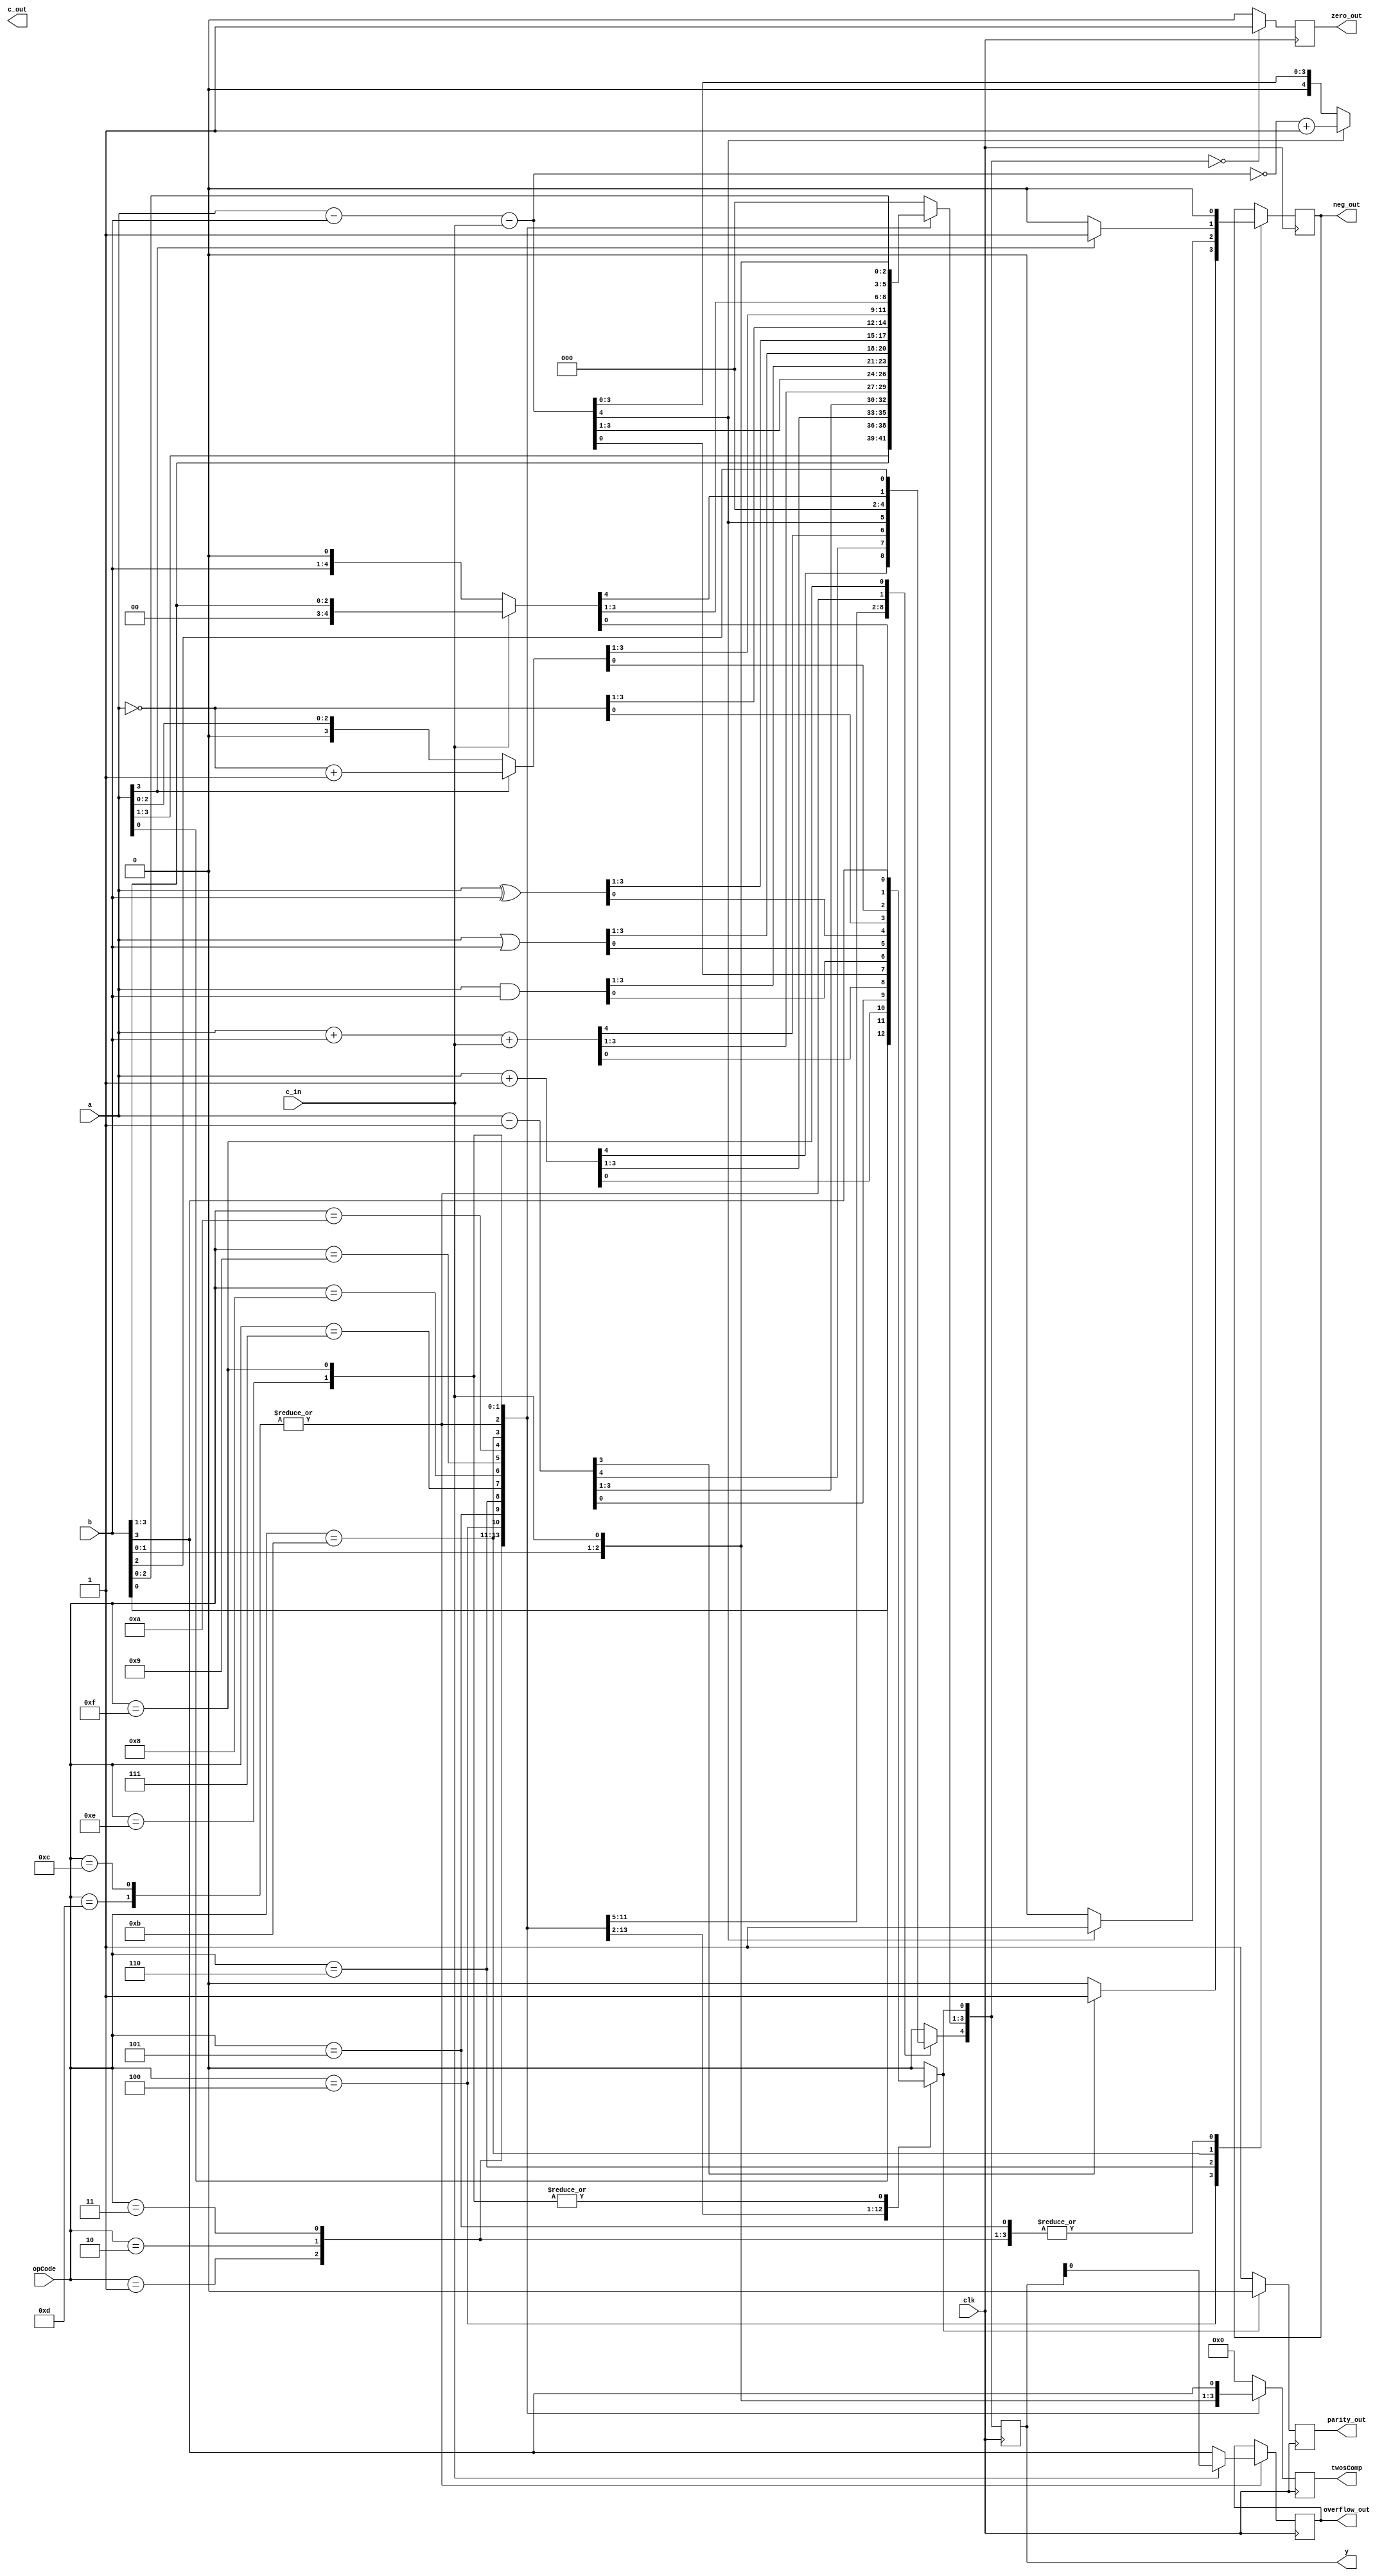
module ALU_s(y, twosComp, c_out, zero_out, neg_out, overflow_out, parity_out, a, b, c_in, opCode, clk);

    input [3:0] a, b, opCode;
    input c_in, clk; 

    output reg [4:0] y, twosComp; 
    output reg c_out, zero_out, neg_out, overflow_out, parity_out = 0;  

    reg temp = 0;  
 

    always @(posedge clk) begin

        case (opCode)
            4'b0001 :begin                                              //Pass through (a)
                y = a;                                            
                twosComp = y;
                neg_out = 0;
            end  
            4'b0010 : begin                                             //Pass through (b)
                y = b;
                twosComp = y; 
                neg_out = 0;
            end                                             
            4'b0011 : begin                                             //inc (a)
                y = a + 1;
                twosComp = y; 
                neg_out = 0;
            end                                        
            4'b0100 : begin                                             //dec (a)
                y = a - 1;
                twosComp = y; 
                temp = y[3]; 
                if (temp) begin
                    neg_out = 1;
                end else begin
                    neg_out = 0;
                end
            end                                        
            4'b0101 : begin                                             //ADD (a, b, c_in)
                y = a + b + c_in;
                twosComp = y; 
                neg_out = 0;
            end                                 
            4'b0110 : begin                                             //SUB (a, b, c_in, also converting from twos comp)
                y = a - b - c_in;                           
                temp = y[4]; 
                if(temp)begin
                twosComp = ~y + 1; 
                neg_out = 1; 
                end
                else begin
                    twosComp = y;
                    neg_out = 0;
                end
            end
            4'b0111 : begin                                             //AND (a, b)
                y = a & b;
                twosComp = y; 
                neg_out = 0;
            end                                            
            4'b1000 : begin                                             //OR (a, b)
                y = a | b;
                twosComp = y; 
                neg_out = 0;
            end                                        
            4'b1001 : begin                                              //XOR (a, b)
                y = a ^ b; 
                twosComp = y; 
                neg_out = 0;
            end                                       
            4'b1010 : begin                                             //ones comp
                y = ~a;
                y[4] = 0;
                twosComp = y; 
                neg_out = 0;
            end  
            4'b1011 : begin                                             //twos comp
                temp = a[3]; 
                if(temp)begin
                    y = ~a + 1; 
                    y[4] = 0;
                    neg_out = 1; 
                    twosComp = y;  
                end 
                else begin
                    y = a; 
                    twosComp = y; 
                    neg_out = 0;
                end
                y[4] = 0; 
            end 
            4'b1100 :                                                   //a.shift 
                if(c_in)begin
                    overflow_out = y[0]; 
                    y = b >>> 1; 
                    twosComp = y;
                    neg_out = 0;
                end
                else begin
                    y = b <<< 1; 
                    twosComp = y; 
                    neg_out = 0;
                    overflow_out = y[4];
                end
            4'b1101 :                                                   //l.shift
                 if(c_in)begin
                    overflow_out = y[0]; 
                    y = b >> 1; 
                    twosComp = y; 
                    neg_out = 0;
                end
                else begin
                    y = b << 1; 
                    twosComp = y; 
                    neg_out = 0;
                    overflow_out = y[4];
                end
            4'b1110 :                                                   //rotate 
                begin
                    y = b << 1; 
                    y[0] = y[4];
                    y[4] = 0;  
                    twosComp = y; 
                    neg_out = 0;
                end
            4'b1111 :                                                   //rotate with carry; 
                begin
                    y = b << 1; 
                    y[0] = c_in; 
                    temp = y[4]; 
                    y = y << 1;  
                    y[0] = temp; 
                    twosComp = y; 
                    neg_out = 0;
                end
            default: begin
                y = 0;  
                twosComp = y; 
                zero_out = 1;                                           //zero opcode 
            end
        endcase
        temp = y[0]; 
        if (!temp) begin
            parity_out = 1;
        end
        else begin
            parity_out = 0; 
        end
        if(!y)begin
            zero_out = 1; 
        end
        else begin
            zero_out = 0; 
        end
   
    end

endmodule